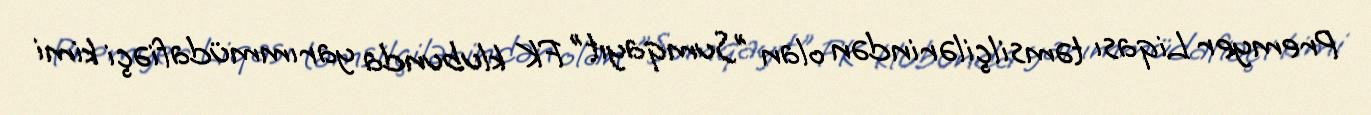
Premyer Liqası təmsilçilərindən olan "Sumqayıt" FK klubunda yarımmüdafiəçi kimi